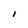
Character: I